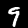
Label: 9